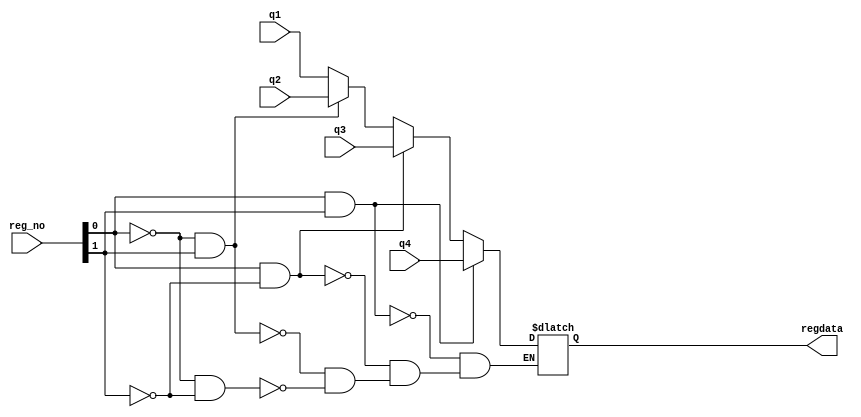
module muxreg(regdata,q1,q2,q3,q4,reg_no);
	input[1:0] reg_no;
	input[31:0] q1,q2,q3,q4;
	output[31:0] regdata;
	reg[31:0] regdata;
	always@ (reg_no)
	begin
		if(reg_no[0]==0&&reg_no[1]==0)
			regdata <= q1;
		if(reg_no[0]==0&&reg_no[1]==1)
			regdata <= q2;
		if(reg_no[0]==1&&reg_no[1]==0)
			regdata <= q3;
		if(reg_no[0]==1&&reg_no[1]==1)
			regdata <= q4;
	end
endmodule